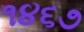
૧૪૬૭